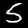
Digit: 5